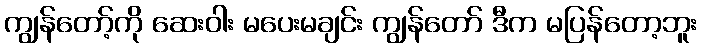
ကျွန်တော့်ကို ဆေးဝါး မပေးမချင်း ကျွန်တော် ဒီက မပြန်တော့ဘူး